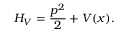
H _ { V } = \frac { p ^ { 2 } } { 2 } + V ( x ) .